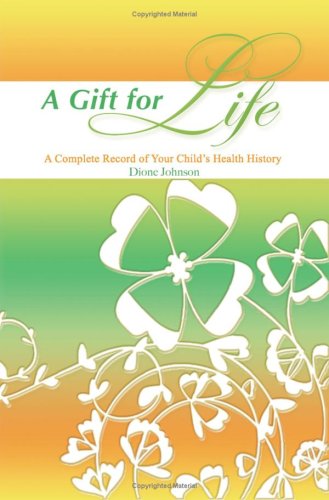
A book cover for A Gift for Life: A Complete Record of Your Child's Health History; Dione Johnson; Health, Fitness & Dieting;